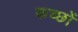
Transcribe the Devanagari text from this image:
कच्छों